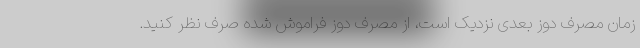
زمان مصرف دوز بعدی نزدیک است، از مصرف دوز فراموش شده صرف نظر کنید.